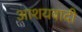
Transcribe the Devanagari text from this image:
आशयवादी